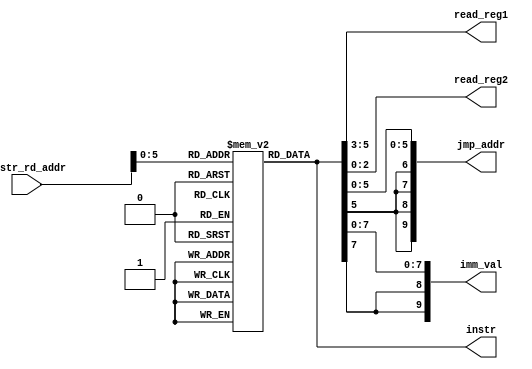
`timescale 1ns / 1ps
//////////////////////////////////////////////////////////////////////////////////
// Module Name: rom
// Project Name: ECE3570 Lab3b
//////////////////////////////////////////////////////////////////////////////////


module Instr_ROM(
    input [9:0] instr_rd_addr, 
    output reg [9:0] instr,
    output reg [2:0] read_reg1,
    output reg [2:0] read_reg2,
    output reg [9:0] jmp_addr,
    output reg [9:0] imm_val);

reg [9:0] memory[45:0];
reg [10:0] i;

    initial begin
//        memory[0] = 10'b1000000001;  //ldi 1
//        memory[1] = 10'b0100111101;  //mov s3,t1
//        memory[2] = 10'b1000000000;  //ldi 0
//        memory[3] = 10'b0100010101;  //mov s2,t1
//        memory[4] = {2'b10, 8'h000}; //ldi 0
//        memory[5] = 10'b0100000101;  //mov s0,t1
//        memory[6] = {2'b10, 8'h00a}; //ldi 10
//        memory[7] = 10'b0100001101;  //mov s1,t1
//        memory[8] = 10'b0101000000;  //ld  0(s0)
//        memory[9] = 10'b0110001000;  //str 0(s1)
//        memory[10] = 10'b0000000011; //add s0,s3
//        memory[11] = 10'b0100000100; //mov s0,t0
//        memory[12] = 10'b0000001011; //add s1,t1
//        memory[13] = 10'b0100001100; //mov s1,t0
//        memory[14] = 10'b0010101010; //cmp t1,s2
//        memory[15] = 10'b1101000010; //je  2
//        memory[16] = 10'b1100000011; //j   -8
//        memory[17] = 10'b1000001010; //ldi 10
//        memory[18] = 10'b0100000101; //mov s0,t1
//        memory[19] = 10'b1111000000; //halt

          
          
          
      //Moving Memory Program
//        memory[0] = 10'b1000000001; //ldi   1
//        memory[1] = 10'b0100011101; //mov   s3,t1
//        memory[2] = 10'b1000000000; //ldi   0
//        memory[3] = 10'b0100010101; //mov   s2,t1
//        memory[4] = {2'b10, 8'h000};//ldi   Starting Base Address
//        memory[5] = 10'b0100000101;;//mov   s0,t1
//        memory[6] = {2'b10, 8'h00a};//ldi   Target Base Address
//        memory[7] = 10'b0100001101; //mov   s1,t1
//        //begin:
//        memory[8] = 10'b0101000000; //load  0(s0)
//        memory[9] = 10'b0110001000; //str   0(s1)
//        memory[10] = 10'b0000000011;//add   s0,s3
//        memory[11] = 10'b0100000100;//mov   s0,t0
//        memory[12] = 10'b0000001011;//add   s1,s3
//        memory[13] = 10'b0100001100;//mov   s1,t0
//        memory[14] = 10'b0010101010;//cmp   t1,s2
//        memory[15] = 10'b1101000010;//je    end
//        memory[16] = 10'b1100111000;//j     begin
//        //end
//        memory[17] = 10'b1000001010;//ldi   10
//        memory[18] = 10'b0100000101;//mov   s0,t1
//        memory[19] = 10'b1111000000;//halt
        
        //f=x*y-4 Program                                            //LINE
        memory[0] = {2'b10, 8'b11111101};         //ldi x                     0
        memory[1] = 10'b0100000101;        //mov $s0, $t1              1
        memory[2] = {2'b10, 8'b11111011};         //ldi y                     2
        memory[3] = 10'b0100001101;        //mov $s1, $t1              3
        memory[4] = 10'b1000000000;        //ldi 0                     4
    //check if x = 0
        memory[5] = 10'b0010000101;        //cmp $s0, $t1              5
        memory[6] = {4'b1101,6'd26};       //je  end                   6
    //check if y = 0
        memory[7] = 10'b0010001101;        //cmp $s1, $t1              7
        memory[8] = {4'b1101,6'd24};       //je  end                   8
    //check if x > 0 
        memory[9] = 10'b0011101000;        //slt $t1, $s0              9
        memory[10] = {4'b1101,6'd13};       //je  positiveX             10
        memory[11] = 10'b0001101000;        //sub $t1, $s0              11
        memory[12] = 10'b0100000100;        //mov $s0, $t0              12
    //check if y > 0
        memory[13] = 10'b0011101001;        //slt $t1, $s1              13
        memory[14] = {4'b1101, 6'd5};       //je  positiveY1            14
        memory[15] = 10'b0001101001;        //sub $t1, $s1              15
        memory[16] = 10'b0100001100;        //mov $s1, $t0              16
        memory[17] = {4'b1110,6'd19};       //jal mul                   17
        memory[18] = {4'b1100,6'd14};       //j   end                   18
    //positiveY1:
        memory[19] = {4'b1110,6'd17};       //jal mul                   19
        memory[20] = 10'b0001101010;        //sub $t1, $s2              20
        memory[21] = 10'b0100010100;        //mov $s2, $t1              21
        memory[22] = {4'b1100,6'd10};       //j   end                   22
    //positiveX:
        memory[23] = 10'b0011101001;        //slt $t1, $s1              23
        memory[24] = {4'b1101,6'd7};       //je  positiveY2            24

        memory[25] = 10'b0001101001;        //sub $t1, $s1              25
        memory[26] = 10'b0100001100;        //mov $s1, $t0              26
        memory[27] = {4'b1110,6'd9};        //jal mul                   27
        memory[28] = 10'b0001101010;        //sub $t1, $s2              28
        memory[29] = 10'b0100010100;        //mov $s2, $t1              29
        memory[30] = {4'b1100,6'd2};        //j   end                   30       
    //positiveY2:
        memory[31] = {4'b1110,6'd5};        //jal mul                   31
    //end
        memory[32] = 10'b1000000100;        //ldi 4                     32
        memory[33] = 10'b0001010101;        //sub $s2, $t1              33
        memory[34] = 10'b0100010100;        //mov $s2, $t0              34
        memory[35] = 10'b1111000000;        //halt                      35
    //mul
        memory[36] = 10'b1000000000;        //ldi 0                     36
        memory[37] = 10'b0011101000;        //slt $t1, $s0              37
        memory[38] = {4'b1101,6'd2};        //je loop                   38
        memory[39] = 10'b0111000000;        //ret                       39
    //loop
        memory[40] = 10'b0000010001;        //add $s2, $s1              40
        memory[41] = 10'b0100010100;        //mov $s2, $t0              41
        memory[42] = 10'b1000000001;        //ldi 1                     42
        memory[43] = 10'b0001000101;        //sub $s0, $t1              43
        memory[44] = 10'b0100000100;        //mov $s0, $t0              44
        memory[45] = 10'b1100110111;        //j   mul                   45


//        Bubble Sort Program                                           //line
//        memory[0] = {2'b10, 8'd6};          //ldi   n-1                     0
//        memory[1] = 10'b0100000101;         //mov   $s0, $s1                1
//        memory[2] = {2'b10, 8'hfff};        //ldi   3ff                     2
//        memory[3] = 10'b0100111101;         //mov   $sp, $t1                3
//        memory[4] = {2'b10, 8'd46};         //ldi   base address            4
//        memory[5] = 10'b0110111000;         //str   0($sp)                  5
//        //begin 
//        memory[6] = 10'b1000000000;         //ldi   0                       6
//        memory[7] = 10'b0011000101;         //slt   $t1, $s0                7
//        memory[8] = {4'b1101, 6'd27};       //je end                        8
//        memory[9] = 10'b0100001101;         //mov   $s1, $t1                9
//        //inner
//        memory[10] = 10'b0011001000;         //slt   $s1, $s0               10
//        memory[11] = 10'b1101000101;         //je    ifst                   11
//        memory[12] = 10'b1000000001;         //ldi   1                      12
//        memory[13] = 10'b0001000101;         //sub   $s0, $t1               13
//        memory[14] = 10'b0100000100;         //mov   $s0, $t0               14
//        memory[15] = 10'b1100110111;         //j     begin                  15
//        //ifst
//        memory[16] = 10'b0101111000;        //load  0($sp)                  16
//        memory[17] = 10'b0000101001;        //add   $t1, $s1                17
//        memory[18] = 10'b0101100000;        //load  0($t0)                  18
//        memory[19] = 10'b0100010101;        //mov   $s2, $t1                19
//        memory[20] = 10'b0101100001;        //load  1($t0)                  20
//        memory[21] = 10'b0100011101;        //mov   $s3, $t1                21
//        memory[22] = 10'b0011010011;        //slt   $s2, $s3                22
//        memory[23] = 10'b1101000101;        //je    swap                    23
//        //incj
//        memory[24] = 10'b1000000001;        //ldi   1                       24
//        memory[25] = 10'b0000001101;        //add   $s1, $t1                25
//        memory[26] = 10'b0100001100;        //mov   $s1, $t0                26
//        memory[27] = {4'b1100, 6'h2f};      //j inner                       27
//        //swap
//        memory[28] = 10'b0101111000;        //load  0($sp)                  28
//        memory[29] = 10'b0000101001;        //add   $t1, $s1                29
//        memory[30] = 10'b0100101011;        //mov   $t1, $s3                30
//        memory[31] = 10'b0110100000;        //str   0($t0)                  31
//        memory[32] = 10'b0100101010;        //mov   $t1, $s2                32
//        memory[33] = 10'b0110100001;        //str   1($t0)                  33
//        memory[34] = {4'b1100, 6'h36};      //j incj                        34
//        //end
//        memory[35] = 10'b1111000000;        //halt                          35

//    // for simulation    
//    i = 11'd0;
//    while (i<1024) begin
//     memory[i] = i;
//     i = i + 1;
//    end        
    
    end

    always@(instr_rd_addr) begin
        instr = memory[instr_rd_addr];
    end
    
    always@(instr) begin
            read_reg1 = instr[5:3];
            read_reg2 = instr[2:0];
            jmp_addr = {instr[5], instr[5], instr[5], instr[5], instr[5:0]};
            imm_val = {instr[7], instr[7], instr[7:0]};
    end
    
  

endmodule